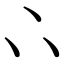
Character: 𠁼